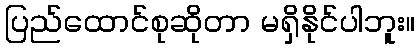
ပြည်ထောင်စုဆိုတာ မရှိနိုင်ပါဘူး။